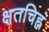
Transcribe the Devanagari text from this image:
क्षतचिह्नं